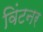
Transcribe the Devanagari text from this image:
विंटनर